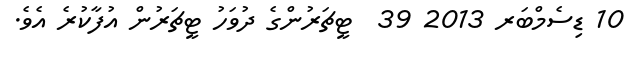
10 ޑިސެމްބަރ 2013 39  ޓީޗަރުންގެ ދުވަހު ޓީޗަރުން އުފާކުރެ އެވެ.